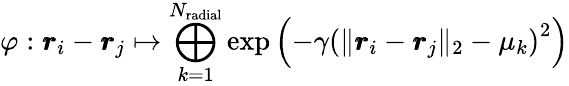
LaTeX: \varphi:\pmb{r}_{i}-\pmb{r}_{j}\mapsto\bigoplus_{k=1}^{N_{\mathrm{radial}}}\exp\left(-\gamma\left(\lVert\pmb{r}_{i}-\pmb{r}_{j}\rVert_{2}-\mu_{k}\right)^{2}\right)